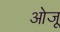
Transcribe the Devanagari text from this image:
ओजू